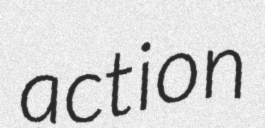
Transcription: action